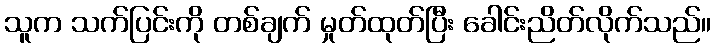
သူက သက်ပြင်းကို တစ်ချက် မှုတ်ထုတ်ပြီး ခေါင်းညိတ်လိုက်သည်။